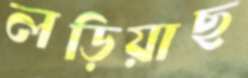
লড়িয়াছ